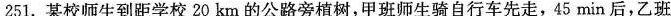
251.某校师生到距学校20km的公路旁植树，甲班师生骑自行车先走，45min后，乙班